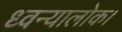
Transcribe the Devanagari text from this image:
ध्वन्यालोक।